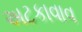
અટકાવાવ